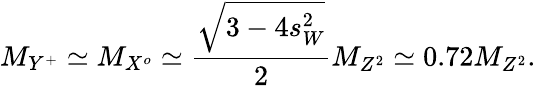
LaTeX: M_{Y^{+}}\simeq M_{X^{o}}\simeq\frac{\sqrt{3-4s_{W}^{2}}}{2}M_{Z^{2}}\simeq 0.72M_{Z^{2}}.